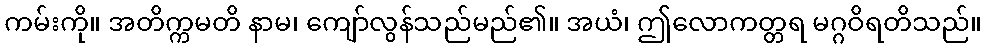
ကမ်းကို။ အတိက္ကမတိ နာမ၊ ကျော်လွန်သည်မည်၏။ အယံ၊ ဤလောကတ္တရ မဂ္ဂဝိရတိသည်။